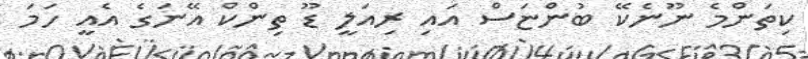
ކިތަންމެ ނޫނެކޭ ބުންޏަސް އައި ރިއަލީ ޑޫ ތިންކް އޭނަގެ އެއީ ހަމަ